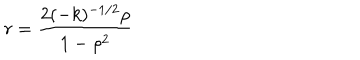
r = \frac { 2 ( - k ) ^ { - 1 / 2 } { \rho } } { 1 - { \rho } ^ { 2 } }